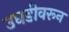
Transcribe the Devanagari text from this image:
उघडीवरून